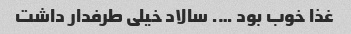
غذا خوب بود …. سالاد خیلی طرفدار داشت